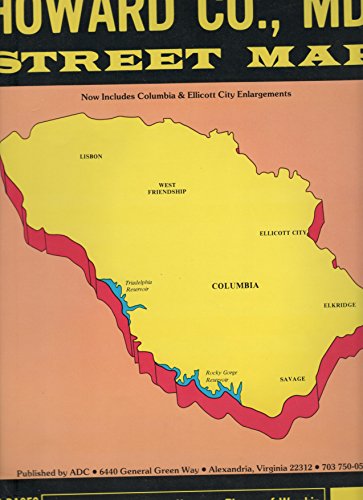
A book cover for Howard County, Maryland Street Map Book; Adc; Travel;